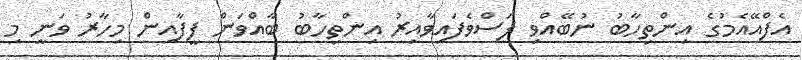
އެފްއޭއެމުގެ އިންތިހާބު ނުބޭއްވި ފަސްވެފައިވާއިރު އިންތިހާބު ބާއްވަން ފީފާއިން މިހާރު ވަނީ މި